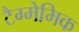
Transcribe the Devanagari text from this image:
टैग्मेमिक